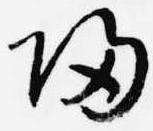
帰